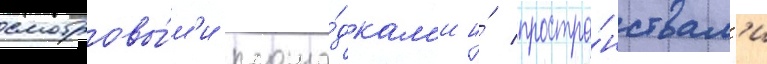
смотровы́м'и площа́дкам'и и́ простра́нствам'и